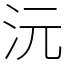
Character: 沅